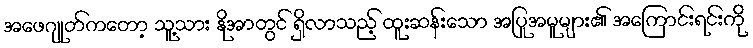
အဖေဂျုတ်ကတော့ သူ့သား နိုအာတွင် ရှိလာသည့် ထူးဆန်းသော အပြုအမူများ၏ အကြောင်းရင်းကို